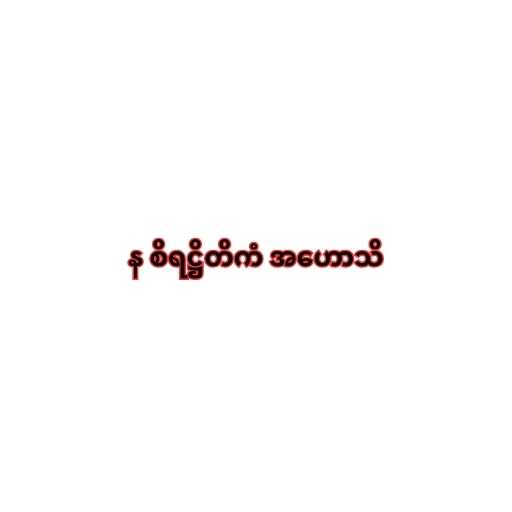
န စိရဋ္ဌိတိကံ အဟောသိ